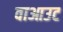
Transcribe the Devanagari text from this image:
वाआउट